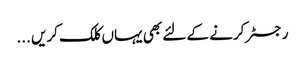
رجسٹر کرنے کے لئے بھی یہاں کلک کریں ...